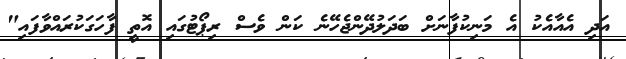
އަދި އެއާއެކު އެ މަނިކުފާނަށް ބަދަލުދޭންޖެހޭނެ ކަން ވެސް ރިޕޯޓުގައި އޮތީ ފާހަގަކުރައްވާފައި"